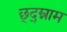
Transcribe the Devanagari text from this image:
छ्द्म्नाम